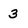
Character: 3